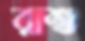
রাশু